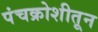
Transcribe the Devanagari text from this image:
पंचक्रोशीतून